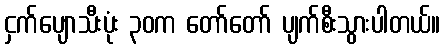
ငှက်ပျောသီးပုံး ၃၀က တော်တော် ပျက်စီးသွားပါတယ်။